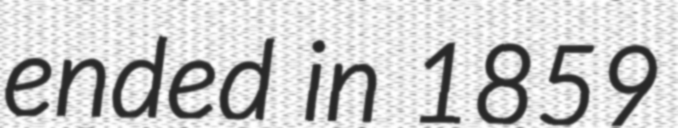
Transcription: ended in 1859